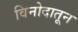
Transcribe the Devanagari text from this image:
विनोदातून